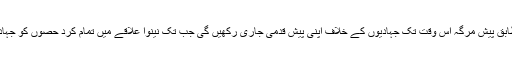
کرد ریجن کی حکومت کے مطابق پیش مرگہ اس وقت تک جہادیوں کے خلاف اپنی پیش قدمی جاری رکھیں گی جب تک نینوا علاقے میں تمام کرد حصوں کو جہادیوں سے پاک نہیں کر دیا جاتا۔